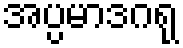
အပ္ပမာဒဂရု